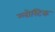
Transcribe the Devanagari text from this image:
ग्लोस्टिक